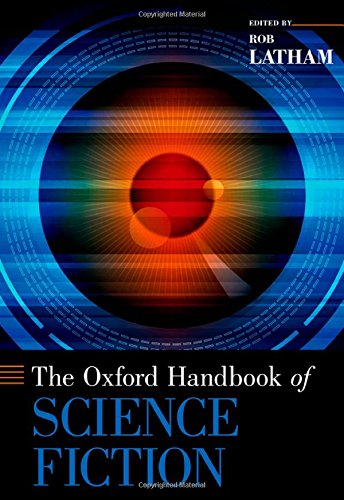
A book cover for The Oxford Handbook of Science Fiction (Oxford Handbooks); Science Fiction & Fantasy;